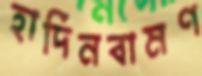
হার্দিনবামণ